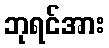
ဘုရင်အား